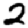
Digit: 2